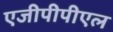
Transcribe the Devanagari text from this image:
एजीपीपीएल